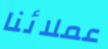
عملائنا